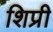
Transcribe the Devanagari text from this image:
शिप्री